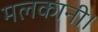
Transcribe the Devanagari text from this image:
मलकानी।